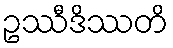
ဥဿီဒိဿတိ